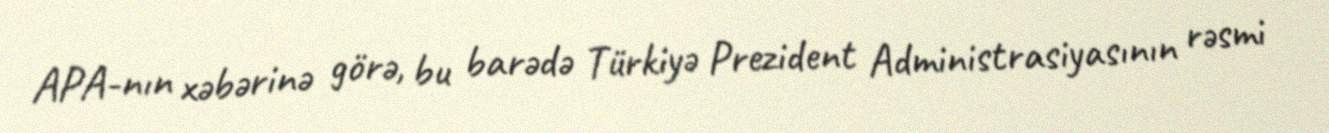
APA-nın xəbərinə görə, bu barədə Türkiyə Prezident Administrasiyasının rəsmi